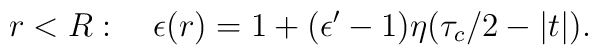
r<R:\quad \epsilon(r)=1+(\epsilon'-1)\eta(\tau_c/2-|t|).